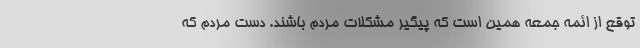
توقع از ائمه جمعه همین است که پیگیر مشکلات مردم باشند. دست مردم که